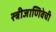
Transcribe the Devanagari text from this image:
स्त्रीजाणिवेची